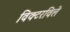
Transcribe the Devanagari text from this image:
विक्टरविले